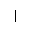
\vert